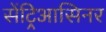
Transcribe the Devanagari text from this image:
सेंट्रिआसिनर